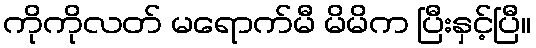
ကိုကိုလတ် မရောက်မီ မိမိက ပြီးနှင့်ပြီ။